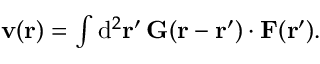
\begin{array} { r } { \mathbf { v } ( \mathbf { r } ) = \int \mathrm { d } ^ { 2 } \mathbf { r } ^ { \prime } \, \mathbf { G } ( \mathbf { r } - \mathbf { r } ^ { \prime } ) \cdot \mathbf { F } ( \mathbf { r } ^ { \prime } ) . } \end{array}